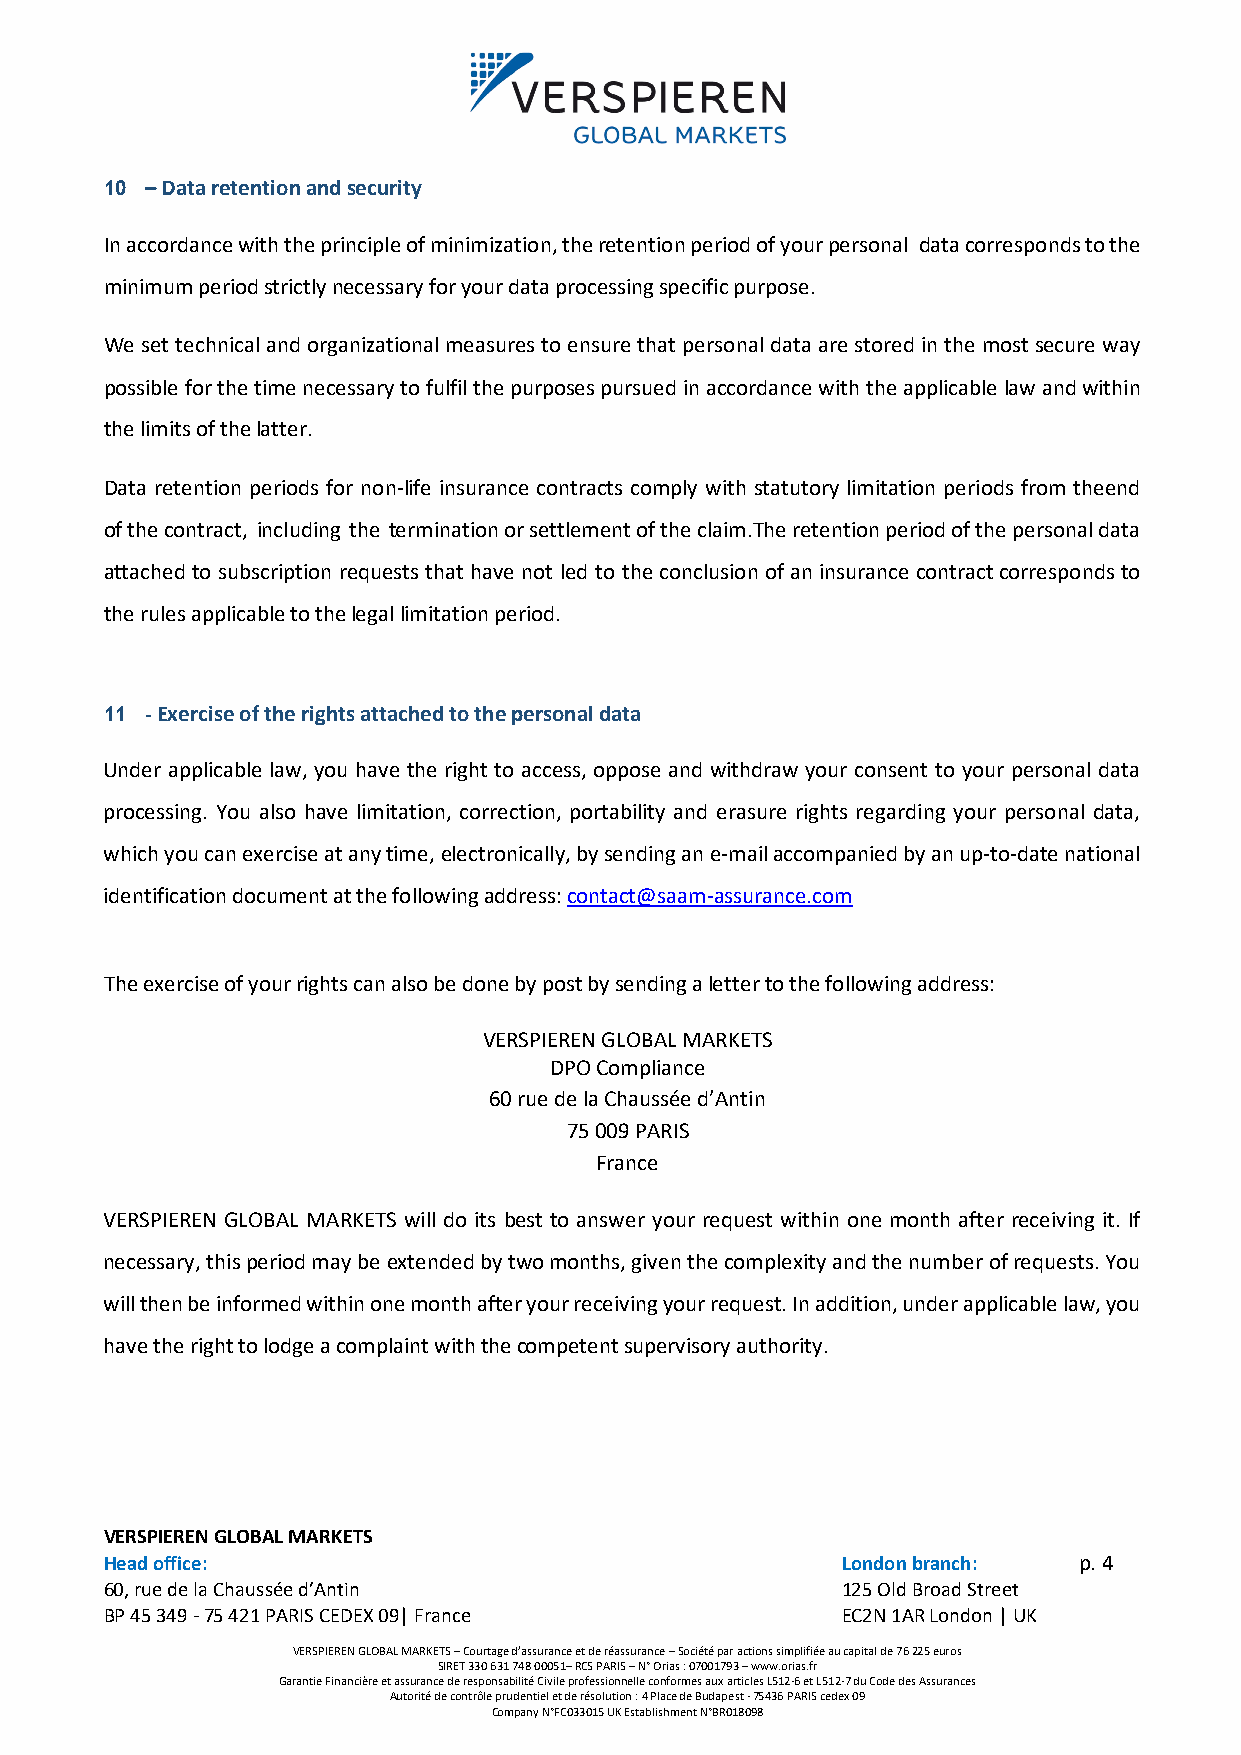
10 – Data retention and security
 In accordance with the principle of minimization, the retention period of your personal data corresponds to the
 minimum period strictly necessary for your data processing specific purpose.
 We set technical and organizational measures to ensure that personal data are stored in the most secure way
 possible for the time necessary to fulfil the purposes pursued in accordance with the applicable law and within
 the limits of the latter.
 Data retention periods for non-life insurance contracts comply with statutory limitation periods from the end
 of the contract, including the termination or settlement of the claim. The retention period of the personal data
 attached to subscription requests that have not led to the conclusion of an insurance contract corresponds to
 the rules applicable to the legal limitation period.
 11 - Exercise of the rights attached to the personal data
 Under applicable law, you have the right to access, oppose and withdraw your consent to your personal data
 processing. You also have limitation, correction, portability and erasure rights regarding your personal data,
 which you can exercise at any time, electronically, by sending an e-mail accompanied by an up-to-date national
 identification document at the following address: contact@saam-assurance.com
 The exercise of your rights can also be done by post by sending a letter to the following address:
 VERSPIEREN GLOBAL MARKETS
 DPO Compliance
 60 rue de la Chaussée d’Antin
 75 009 PARIS
 France
 VERSPIEREN GLOBAL MARKETS will do its best to answer your request within one month after receiving it. If
 necessary, this period may be extended by two months, given the complexity and the number of requests. You
 will then be informed within one month after your receiving your request. In addition, under applicable law, you
 have the right to lodge a complaint with the competent supervisory authority.
 VERSPIEREN GLOBAL MARKETS
 Head office:                                     London branch: p. 4
 60, rue de la Chaussée d’Antin                   125 Old Broad Street
 BP 45 349 - 75 421 PARIS CEDEX 09| France        EC2N 1AR London | UK
 VERSPIEREN GLOBAL MARKETS – Courtage d’assurance et de réassurance – Société par actions simplifiée au capital de 76 225 euros
 SIRET 330 631 748 00051– RCS PARIS – N° Orias : 07001793 – www.orias.fr
 Garantie Financière et assurance de responsabilité Civile professionnelle conformes aux articles L512-6 et L512-7 du Code des Assurances
 Autorité de contrôle prudentiel et de résolution : 4 Place de Budapest - 75436 PARIS cedex 09
 Company N°FC033015 UK Establishment N°BR018098